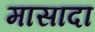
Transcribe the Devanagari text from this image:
मासादा